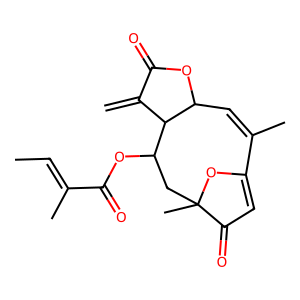
SMILES: C=C1C(=O)OC2C=C(C)C3=CC(=O)C(C)(CC(OC(=O)C(C)=CC)C12)O3
Inhibits HIV replication: Yes